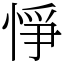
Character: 𢛵